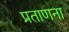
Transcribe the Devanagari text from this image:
प्रताणना